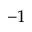
^ { - 1 }